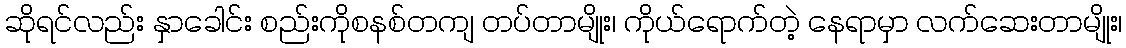
ဆိုရင်လည်း နှာခေါင်း စည်းကိုစနစ်တကျ တပ်တာမျိုး၊ ကိုယ်ရောက်တဲ့ နေရာမှာ လက်ဆေးတာမျိုး၊